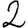
Digit: 2